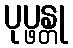
ပုပ္ဖန္တု